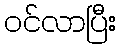
ဝင်လာပြီး